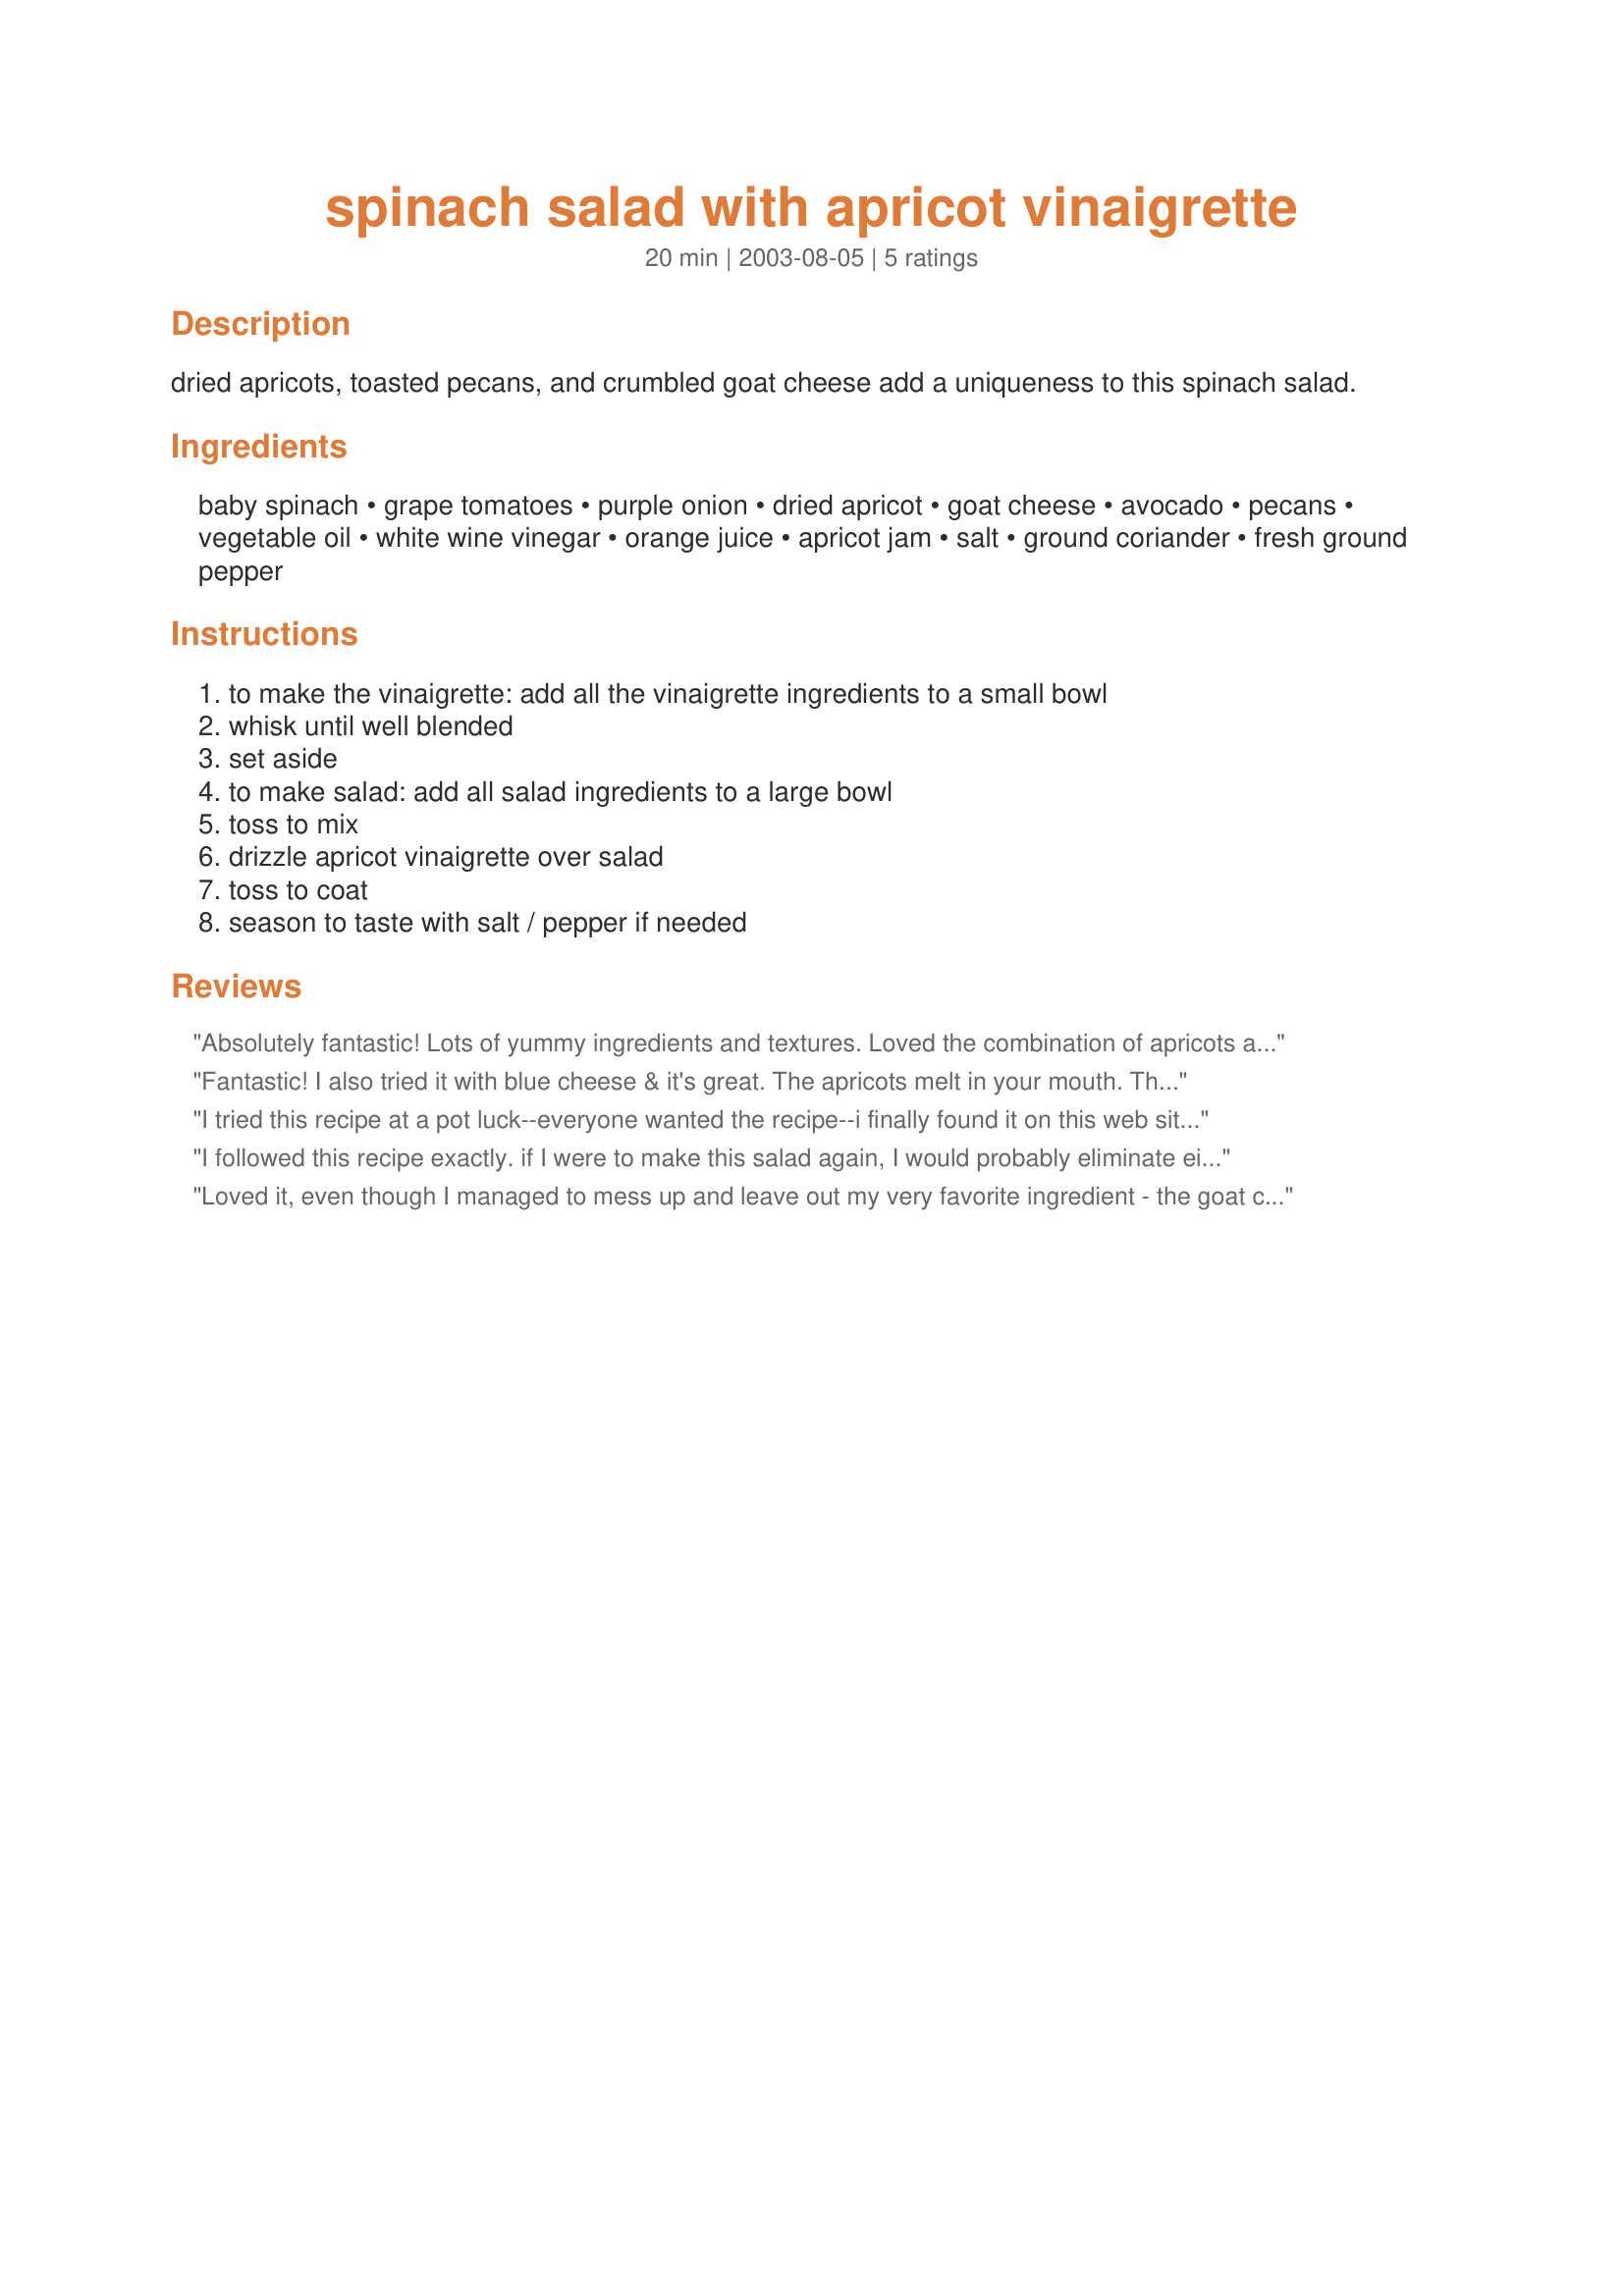
spinach salad with apricot vinaigrette
Preparation time: 20 minutes

dried apricots, toasted pecans, and crumbled goat cheese add a uniqueness to this spinach salad.

Ingredients:
baby spinach, grape tomatoes, purple onion, dried apricot, goat cheese, avocado, pecans, vegetable oil, white wine vinegar, orange juice, apricot jam, salt, ground coriander, fresh ground pepper

Steps:
to make the vinaigrette: add all the vinaigrette ingredients to a small bowl, whisk until well blended, set aside, to make salad: add all salad ingredients to a large bowl, toss to mix, drizzle apricot vinaigrette over salad, toss to coat, season to taste with salt / pepper if needed

Reviews:
Absolutely fantastic! Lots of yummy ingredients and textures. Loved the combination of apricots and goat cheese. Had a little dressing left over and used it the next day on a simple salad of spinach, bacon, and egg. Thanks for sharing the recipe!
Fantastic! I also tried it with blue cheese & it's great. The apricots melt in your mouth. Thanks for another great one, NurseDi.
I tried this recipe at a pot luck--everyone wanted the recipe--i finally found it on this web site.
It's great. A five stars all the way. Cherl10s
 I followed this recipe exactly. if I were to make this salad again, I would probably eliminate either the onions or the avacados, just because I felt there were too many flavors competing in this salad. It wasn't the balance of bitter and sweet that I was hoping for. The colors made for a beautiful presentation.
Loved it, even though I managed to mess up and leave out my very favorite ingredient - the goat cheese! Can't wait to make it WITH the goat cheese next time...love the texture the avocado and pecans give - can't go wrong with this salad. Will make again and again as this salad gives a little different twist to what guests "expect" in a salad.
